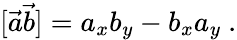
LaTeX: [\vec{a}\vec{b}]=a_{x}b_{y}-b_{x}a_{y}\ .